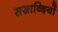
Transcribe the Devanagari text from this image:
सस्राब्दियों